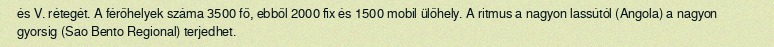
és V. rétegét. A férőhelyek száma 3500 fő, ebből 2000 fix és 1500 mobil ülőhely. A ritmus a nagyon lassútól (Angola) a nagyon gyorsig (Sao Bento Regional) terjedhet.